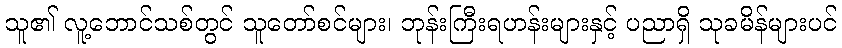
သူ၏ လူ့ဘောင်သစ်တွင် သူတော်စင်များ၊ ဘုန်းကြီးရဟန်းများနှင့် ပညာရှိ သုခမိန်များပင်